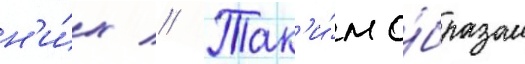
н'и́х // Так'и́м о́бразом